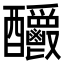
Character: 𨤊